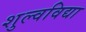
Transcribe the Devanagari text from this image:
शुल्वविद्या